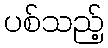
ပစ်သည့်